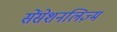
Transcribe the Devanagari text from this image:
सेंसेशनलिज़्म